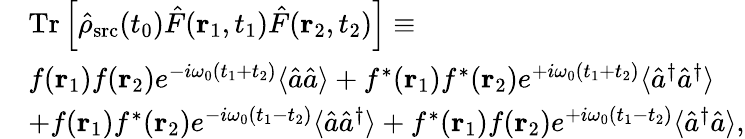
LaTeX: \begin{array}{rl}&{\mathrm{Tr}\left[\hat{\rho}_{\mathrm{src}}(t_{0})\hat{F}({\mathbf r}_{1},t_{1})\hat{F}({\mathbf r}_{2},t_{2})\right]\equiv}\\ &{f({\mathbf r}_{1})f({\mathbf r}_{2})e^{-i\omega_{0}(t_{1}+t_{2})}\langle\hat{a}\hat{a}\rangle+f^{\ast}({\mathbf r}_{1})f^{\ast}({\mathbf r}_{2})e^{+i\omega_{0}(t_{1}+t_{2})}\langle\hat{a}^{\dagger}\hat{a}^{\dagger}\rangle}\\ &{+f({\mathbf r}_{1})f^{\ast}({\mathbf r}_{2})e^{-i\omega_{0}(t_{1}-t_{2})}\langle\hat{a}\hat{a}^{\dagger}\rangle+f^{\ast}({\mathbf r}_{1})f({\mathbf r}_{2})e^{+i\omega_{0}(t_{1}-t_{2})}\langle\hat{a}^{\dagger}\hat{a}\rangle,}\end{array}